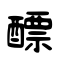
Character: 醥